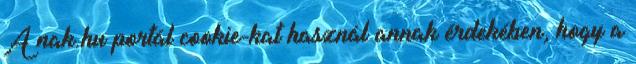
A nak.hu portál cookie-kat használ annak érdekében, hogy a